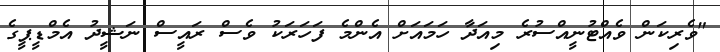
"ވެރިކަން ވެއްޓުނީއްސުރެ މިއަދާ ހަމައަށް އެންމެ ފަހަރަކު ވެސް ރައީސް ނަޝީދު އެމްޑީޕީގެ